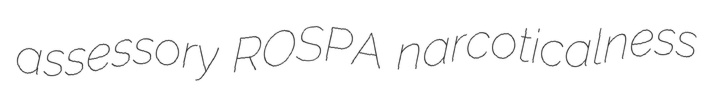
assessory ROSPA narcoticalness